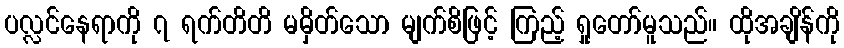
ပလ္လင်နေရာကို ၇ ရက်တိတိ မမှိတ်သော မျက်စိဖြင့် ကြည့် ရှုတော်မူသည်။ ထိုအချိန်ကို